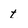
Character: t